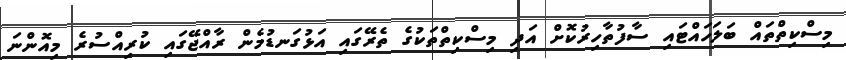
މިސްކިތްތައް ބަލަހައްޓައި ސާފުތާހިރުކޮށް އަދި މިސްކިތްތަކުގެ ތެރޭގައި އަޅުގަނޑުމެން ރާއްޖޭގައި ކުރިއްސުރެ މިއޮންނަ